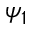
\psi _ { 1 }